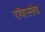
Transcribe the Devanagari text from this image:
पॉवरस्लेव